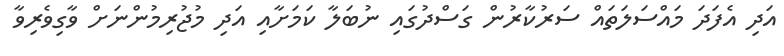
އަދި އެފަދަ މައްސަލަތައް ސަރުކާރުން ގަސްދުގައި ނުބަލާ ކަމަށާއި އަދި މުޖުރިމުންނަށް ވާގިވެރިވާ